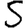
Digit: 5